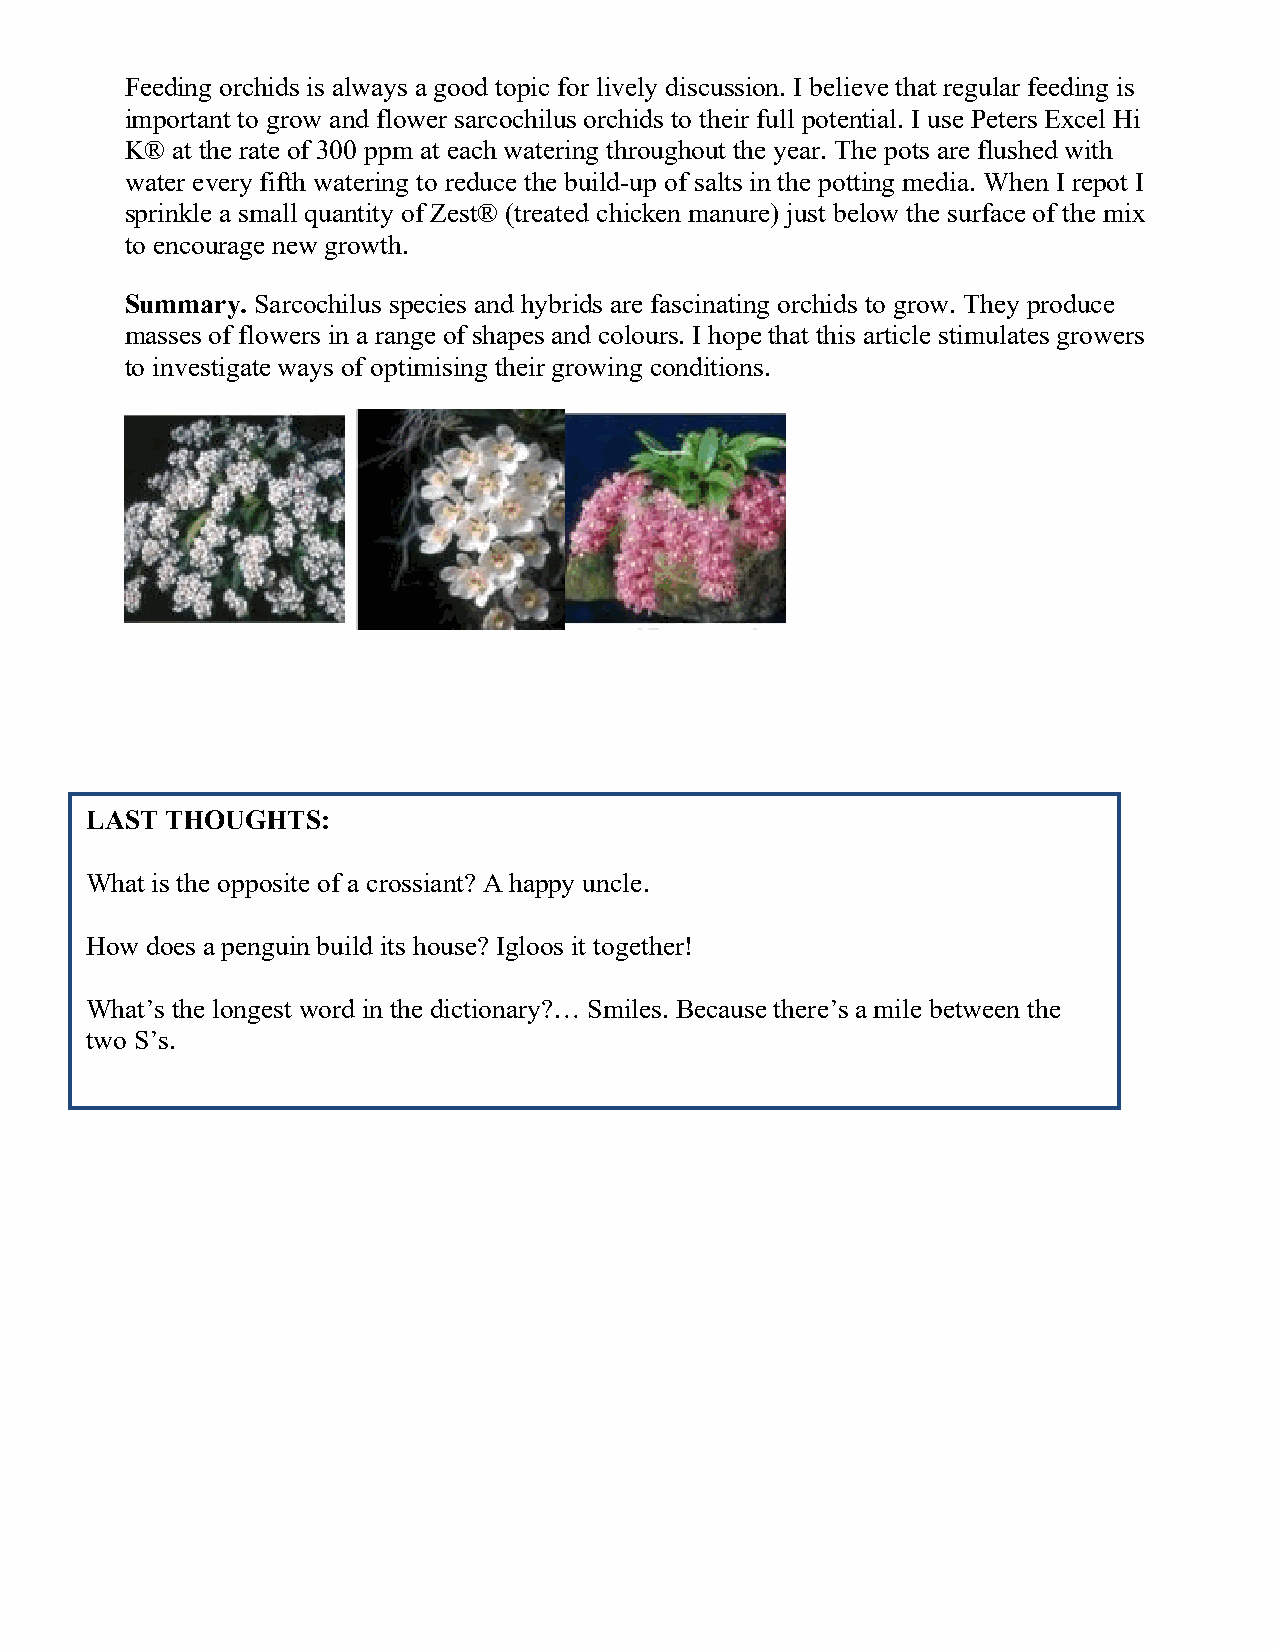
Feeding orchids is always a good topic for lively discussion. I believe that regular feeding is
 important to grow and flower sarcochilus orchids to their full potential. I use Peters Excel Hi
 K® at the rate of 300 ppm at each watering throughout the year. The pots are flushed with
 water every fifth watering to reduce the build-up of salts in the potting media. When I repot I
 sprinkle a small quantity of Zest® (treated chicken manure) just below the surface of the mix
 to encourage new growth.
 Summary. Sarcochilus species and hybrids are fascinating orchids to grow. They produce
 masses of flowers in a range of shapes and colours. I hope that this article stimulates growers
 to investigate ways of optimising their growing conditions.
 LAST THOUGHTS:
 What is the opposite of a crossiant? A happy uncle.
 How does a penguin build its house? Igloos it together!
 What’s the longest word in the dictionary?… Smiles. Because there’s a mile between the
 two S’s.